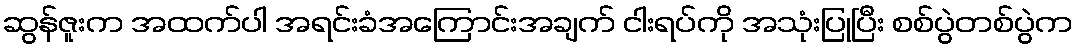
ဆွန်ဇူးက အထက်ပါ အရင်းခံအကြောင်းအချက် ငါးရပ်ကို အသုံးပြုပြီး စစ်ပွဲတစ်ပွဲက